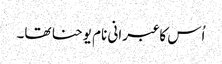
اُس کا عبرانی نام یوحنا تھا۔